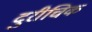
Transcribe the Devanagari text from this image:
दुरीचिक